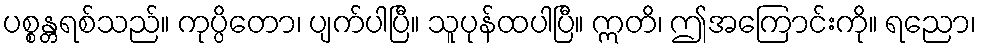
ပစ္စန္တရစ်သည်။ ကုပ္ပိတော၊ ပျက်ပါပြီ။ သူပုန်ထပါပြီ။ ဣတိ၊ ဤအကြောင်းကို။ ရညော၊